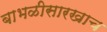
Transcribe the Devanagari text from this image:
बाभळीसारखाच